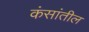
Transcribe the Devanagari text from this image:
कंसांतील